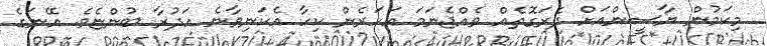
މިކަމުން ޔާސީންއަށް ދެރަގޮތެއް ވެއްޖެނަމަ އަހަރެން ކިހާ އެކަނިވާނެ އަދުރާ ބުންޏެވެ. އޭނަގެ